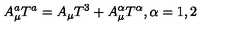
A _ { \mu } ^ { a } T ^ { a } = A _ { \mu } T ^ { 3 } + A _ { \mu } ^ { \alpha } T ^ { \alpha } , \alpha = 1 , 2